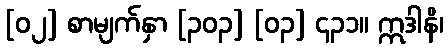
[၀၂] စာမျက်နှာ [၃၀၃] [၀၃] ၄၃၁။ ဣဒါနိ၊